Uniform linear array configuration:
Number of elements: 4
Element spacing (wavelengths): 1
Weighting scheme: binomial
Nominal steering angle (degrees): -15
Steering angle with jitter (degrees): -14.627
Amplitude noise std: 0.05
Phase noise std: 0.05

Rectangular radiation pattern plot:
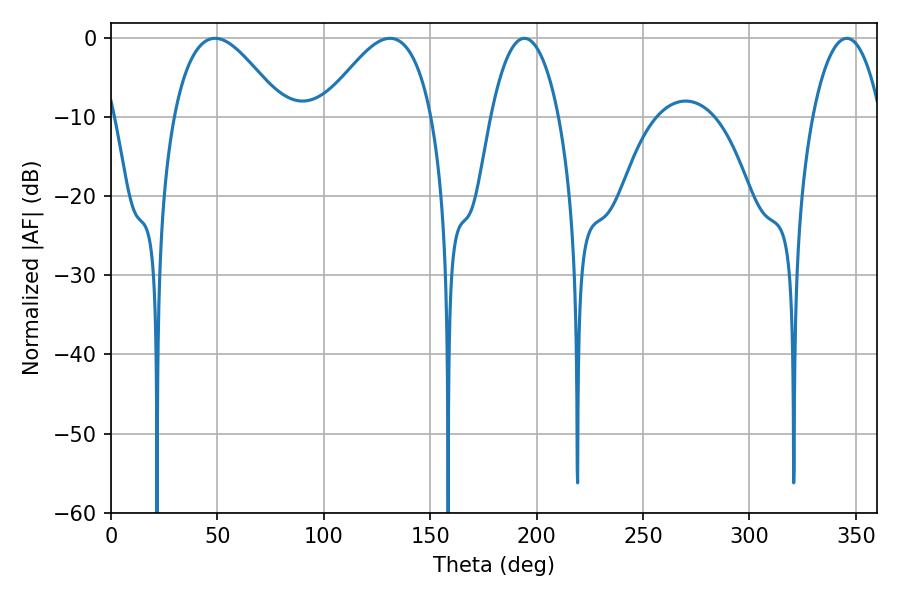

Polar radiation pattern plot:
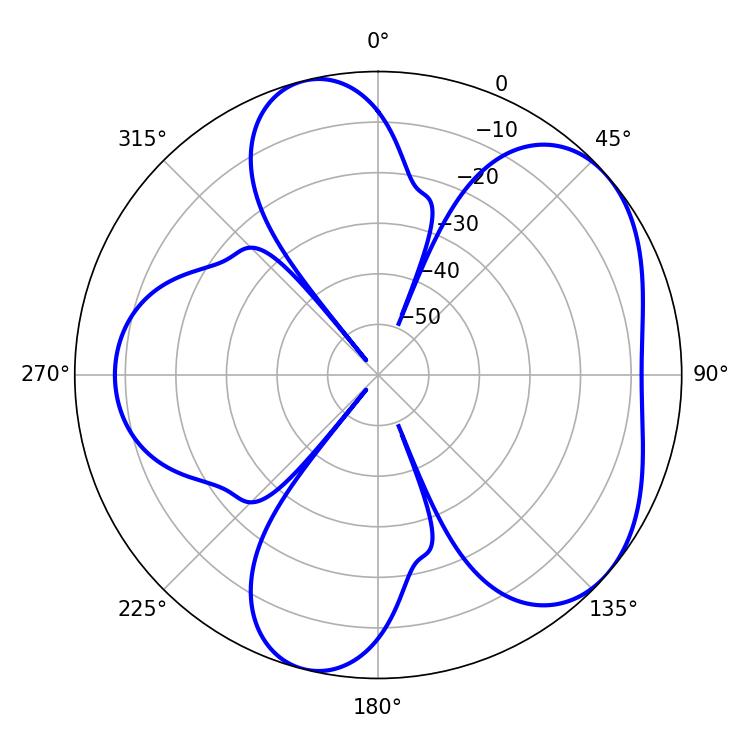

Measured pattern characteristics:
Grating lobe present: TRUE
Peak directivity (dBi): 5.166
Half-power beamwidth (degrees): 27.9
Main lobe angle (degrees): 48.96